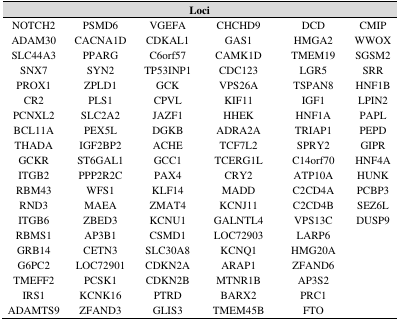
<table><thead><tr><td colspan="6"><b>Loci</b></td></tr></thead><tbody><tr><td>NOTCH2</td><td>PSMD6</td><td>VGEFA</td><td>CHCHD9</td><td>DCD</td><td>CMIP</td></tr><tr><td>ADAM30</td><td>CACNA1D</td><td>CDKAL1</td><td>GAS1</td><td>HMGA2</td><td>WWOX</td></tr><tr><td>SLC44A3</td><td>PPARG</td><td>C6orf57</td><td>CAMK1D</td><td>TMEM19</td><td>SGSM2</td></tr><tr><td>SNX7</td><td>SYN2</td><td>TP53INP1</td><td>CDC123</td><td>LGR5</td><td>SRR</td></tr><tr><td>PROX1</td><td>ZPLD1</td><td>GCK</td><td>VPS26A</td><td>TSPAN8</td><td>HNF1B</td></tr><tr><td>CR2</td><td>PLS1</td><td>CPVL</td><td>KIF11</td><td>IGF1</td><td>LPIN2</td></tr><tr><td>PCNXL2</td><td>SLC2A2</td><td>JAZF1</td><td>HHEK</td><td>HNF1A</td><td>PAPL</td></tr><tr><td>BCL11A</td><td>PEX5L</td><td>DGKB</td><td>ADRA2A</td><td>TRIAP1</td><td>PEPD</td></tr><tr><td>THADA</td><td>IGF2BP2</td><td>ACHE</td><td>TCF7L2</td><td>SPRY2</td><td>GIPR</td></tr><tr><td>GCKR</td><td>ST6GAL1</td><td>GCC1</td><td>TCERG1L</td><td>C14orf70</td><td>HNF4A</td></tr><tr><td>ITGB2</td><td>PPP2R2C</td><td>PAX4</td><td>CRY2</td><td>ATP10A</td><td>HUNK</td></tr><tr><td>RBM43</td><td>WFS1</td><td>KLF14</td><td>MADD</td><td>C2CD4A</td><td>PCBP3</td></tr><tr><td>RND3</td><td>MAEA</td><td>ZMAT4</td><td>KCNJ11</td><td>C2CD4B</td><td>SEZ6L</td></tr><tr><td>ITGB6</td><td>ZBED3</td><td>KCNU1</td><td>GALNTL4</td><td>VPS13C</td><td>DUSP9</td></tr><tr><td>RBMS1</td><td>AP3B1</td><td>CSMD1</td><td>LOC72903</td><td>LARP6</td><td></td></tr><tr><td>GRB14</td><td>CETN3</td><td>SLC30A8</td><td>KCNQ1</td><td>HMG20A</td><td></td></tr><tr><td>G6PC2</td><td>LOC72901</td><td>CDKN2A</td><td>ARAP1</td><td>ZFAND6</td><td></td></tr><tr><td>TMEFF2</td><td>PCSK1</td><td>CDKN2B</td><td>MTNR1B</td><td>AP3S2</td><td></td></tr><tr><td>IRS1</td><td>KCNK16</td><td>PTRD</td><td>BARX2</td><td>PRC1</td><td></td></tr><tr><td>ADAMTS9</td><td>ZFAND3</td><td>GLIS3</td><td>TMEM45B</td><td>FTO</td><td></td></tr></tbody></table>